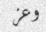
وعز